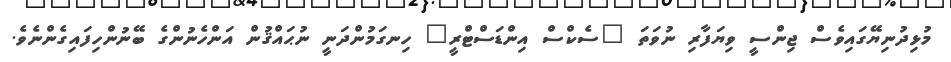
މުޅިދުނިޔޭގައިވެސް ޖިންސީ ވިޔަފާރި ނުވަތަ "ސެކްސް އިންޑަސްޓްރީ" ހިނގަމުންދަނީ ނުޙައްޤުން އަންހެނުންގެ ބޭނުންހިފައިގެންނެވެ.